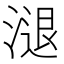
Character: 𣻇